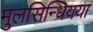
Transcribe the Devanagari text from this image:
मुलसिन्धियया